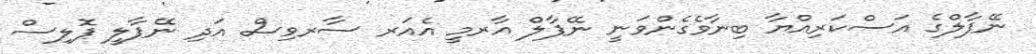
ނޭޕާލްގެ އަސްކަރިއްޔާ ބިނާވެގެންވަނީ ނޭޕާލް އާރމީ އެއަރ ސާރވިސް އަދި ނޭޕާލީ ޕޮލިސް